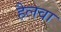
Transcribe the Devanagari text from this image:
हैलवा